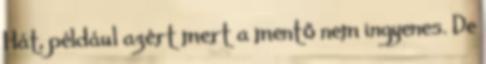
Hát, például azért mert a mentő nem ingyenes. De